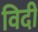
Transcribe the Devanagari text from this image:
विदी